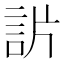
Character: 𧦓